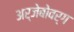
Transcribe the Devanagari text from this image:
अर्जेबोवर्ग